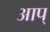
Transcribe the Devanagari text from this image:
आप्